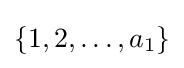
\{1,2,\ldots ,a_{1}\}